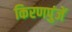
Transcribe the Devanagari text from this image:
किरणपुंजें